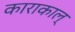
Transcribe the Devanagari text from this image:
काराकाल्